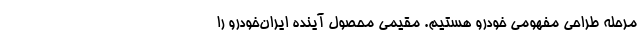
مرحله طراحی مفهومی خودرو هستیم. مقیمی محصول آینده ایران‌خودرو را